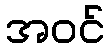
အဝင်